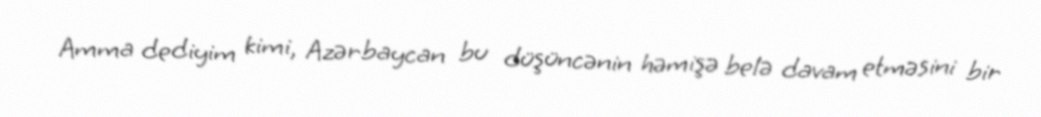
Amma dediyim kimi, Azərbaycan bu düşüncənin həmişə belə davam etməsini bir